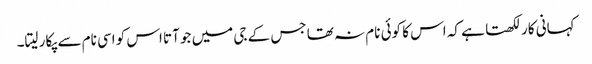
کہانی کار لکھتا ہے کہ اس کا کوئی نام نہ تھا جس کے جی میں جو آتا اس کو اسی نام سے پکار لیتا۔